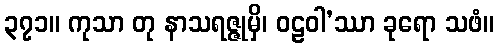
၃၇၁။ ကုသာ တု နာသရဇ္ဇုမှိ၊ ဝဠဝါ’ဿာ ခုရော သဖံ။